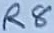
Text: R8